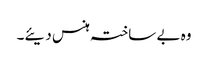
وہ بے ساختہ ہنس دیئے۔